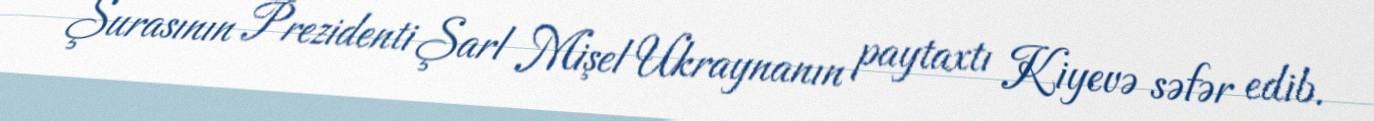
Şurasının Prezidenti Şarl Mişel Ukraynanın paytaxtı Kiyevə səfər edib.